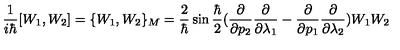
\frac { 1 } { i \hbar } [ W _ { 1 } , W _ { 2 } ] = \{ W _ { 1 } , W _ { 2 } \} _ { M } = \frac { 2 } { \hbar } \sin \frac { \hbar } { 2 } ( \frac { \partial } { \partial p _ { 2 } } \frac { \partial } { \partial \lambda _ { 1 } } - \frac { \partial } { \partial p _ { 1 } } \frac { \partial } { \partial \lambda _ { 2 } } ) W _ { 1 } W _ { 2 }